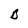
Character: B